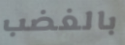
بالغضب